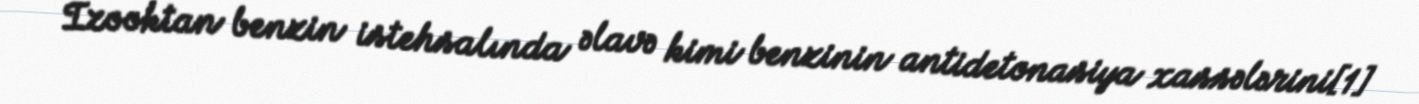
Izooktan benzin istehsalında əlavə kimi benzinin antidetonasiya xassələrini[1]